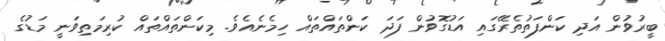
ބީރުވުން އަދި ކަންފަތުތެރޭގައި އަޑުގޮވުން ފަދަ ކަންތައްތައް ހިމެނެއެވެ. މިކަންތައްތައް ކުރިމަތިވަނީ މަޑުގެ